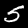
Label: 5